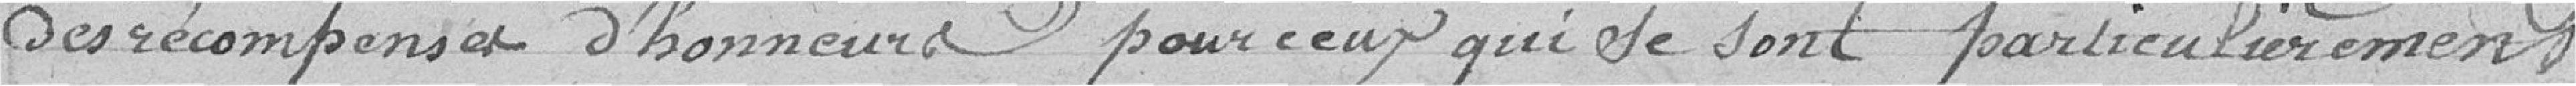
des récompenses d'honneur pour ceux qui se sont particulièrement